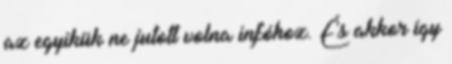
az egyikük ne jutott volna infóhoz. És akkor így